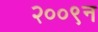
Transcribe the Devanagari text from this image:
२००९न